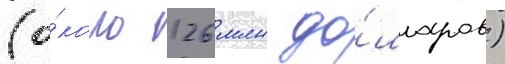
(о́коло 126 млн до́лларов)